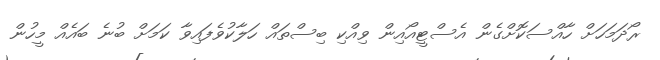
ރޯދަމަހަށް ހާއްސަކޮށްގެން އެސްޓީއޯއިން ވިއްކި ބިސްތައް ހަލާކުވެފައިވާ ކަަމަށް ބުނެ ބައެއް މީހުން